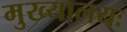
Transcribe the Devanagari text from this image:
मुख्यालयः